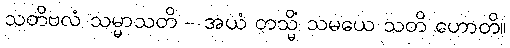
သတိဗလံ သမ္မာသတိ - အယံ တသ္မိံ သမယေ သတိ ဟောတိ။